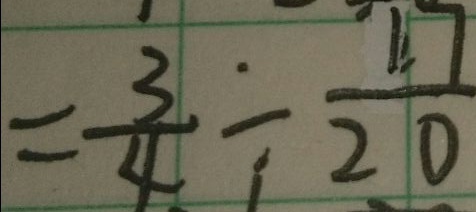
= \frac { 3 } { 4 } \div \frac { 1 7 } { 2 0 }